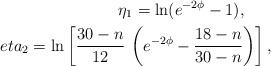
LaTeX: \begin{align*}\eta_1 =\ln (e^{-2\phi} -1), \ \ \ \ \ \\eta_2 =\ln \left[ \frac{30-n}{12} \, \left( e^{-2\phi} -\frac{18-n}{30-n}\right) \right], \end{align*}